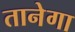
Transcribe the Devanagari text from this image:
तानेगा